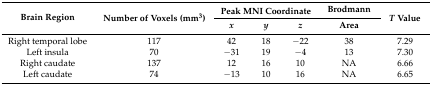
<table><thead><tr><td rowspan="2"><b>Brain Region</b></td><td rowspan="2"><b>Number of Voxels (mm<sup>3</sup>)</b></td><td colspan="3"><b>Peak MNI Coordinate</b></td><td><b>Brodmann</b></td><td rowspan="2"><b><i>T</i> Value</b></td></tr><tr><td><b><i>x</i></b></td><td><b><i>y</i></b></td><td><b><i>z</i></b></td><td><b>Area</b></td></tr></thead><tbody><tr><td>Right temporal lobe</td><td>117</td><td>42</td><td>18</td><td>−22</td><td>38</td><td>7.29</td></tr><tr><td>Left insula</td><td>70</td><td>−31</td><td>19</td><td>−4</td><td>13</td><td>7.30</td></tr><tr><td>Right caudate</td><td>137</td><td>12</td><td>16</td><td>10</td><td>NA</td><td>6.66</td></tr><tr><td>Left caudate</td><td>74</td><td>−13</td><td>10</td><td>16</td><td>NA</td><td>6.65</td></tr></tbody></table>